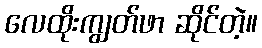
လေထိုးကျွတ်ဖာ ဆိုင်တဲ့။